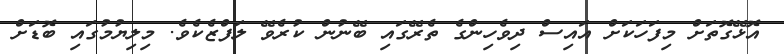
އޮޅޭގޮތަށް މިފަހަކަށް އައިސް ދިވެހިންގެ ތެރޭގައި ބޭނުން ކުރެވޭ ލަފްޒެކެވެ. މިލިޔުމުގައި ބޮޑަށް